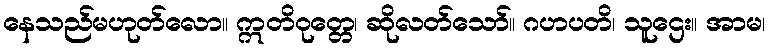
နေသည်မဟုတ်လော။ ဣတိဝုတ္တေ၊ ဆိုလတ်သော်။ ဂဟပတိ၊ သူဌေး။ အာမ၊